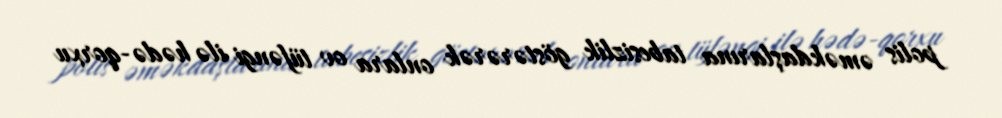
polis əməkdaşlarına tabesizlik göstərərək onlara ov tüfəngi ilə hədə-qorxu